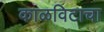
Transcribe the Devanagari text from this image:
काळविटाचा